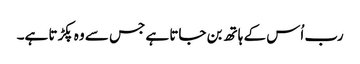
رب اُس کے ہاتھ بن جاتا ہے جس سے وہ پکڑتا ہے۔